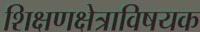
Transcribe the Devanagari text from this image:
शिक्षणक्षेत्राविषयक